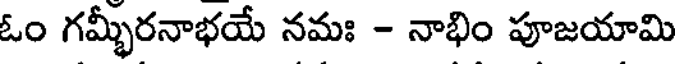
ఓం గమ్భీరనాభయే నమః - నాభిం పూజయామి